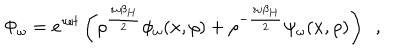
LaTeX: \Phi _ { \omega } = e ^ { \imath \omega t } \left( \rho ^ { \frac { \imath \omega \beta _ { H } } { 2 } } \phi _ { \omega } ( x , \rho ) + \rho ^ { - { \frac { \imath \omega \beta _ { H } } { 2 } } } \psi _ { \omega } ( x , \rho ) \right) ~ ~ ,